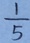
\frac { 1 } { 5 }